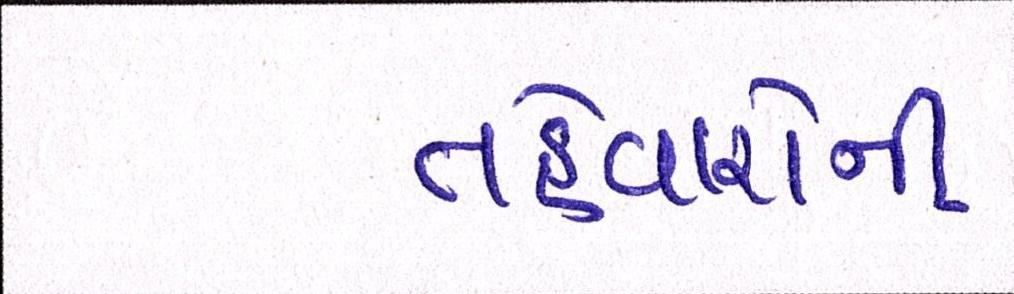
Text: તહેવારોની